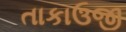
તાકાઉજી